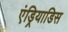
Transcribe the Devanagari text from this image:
एंड्रियाडिस